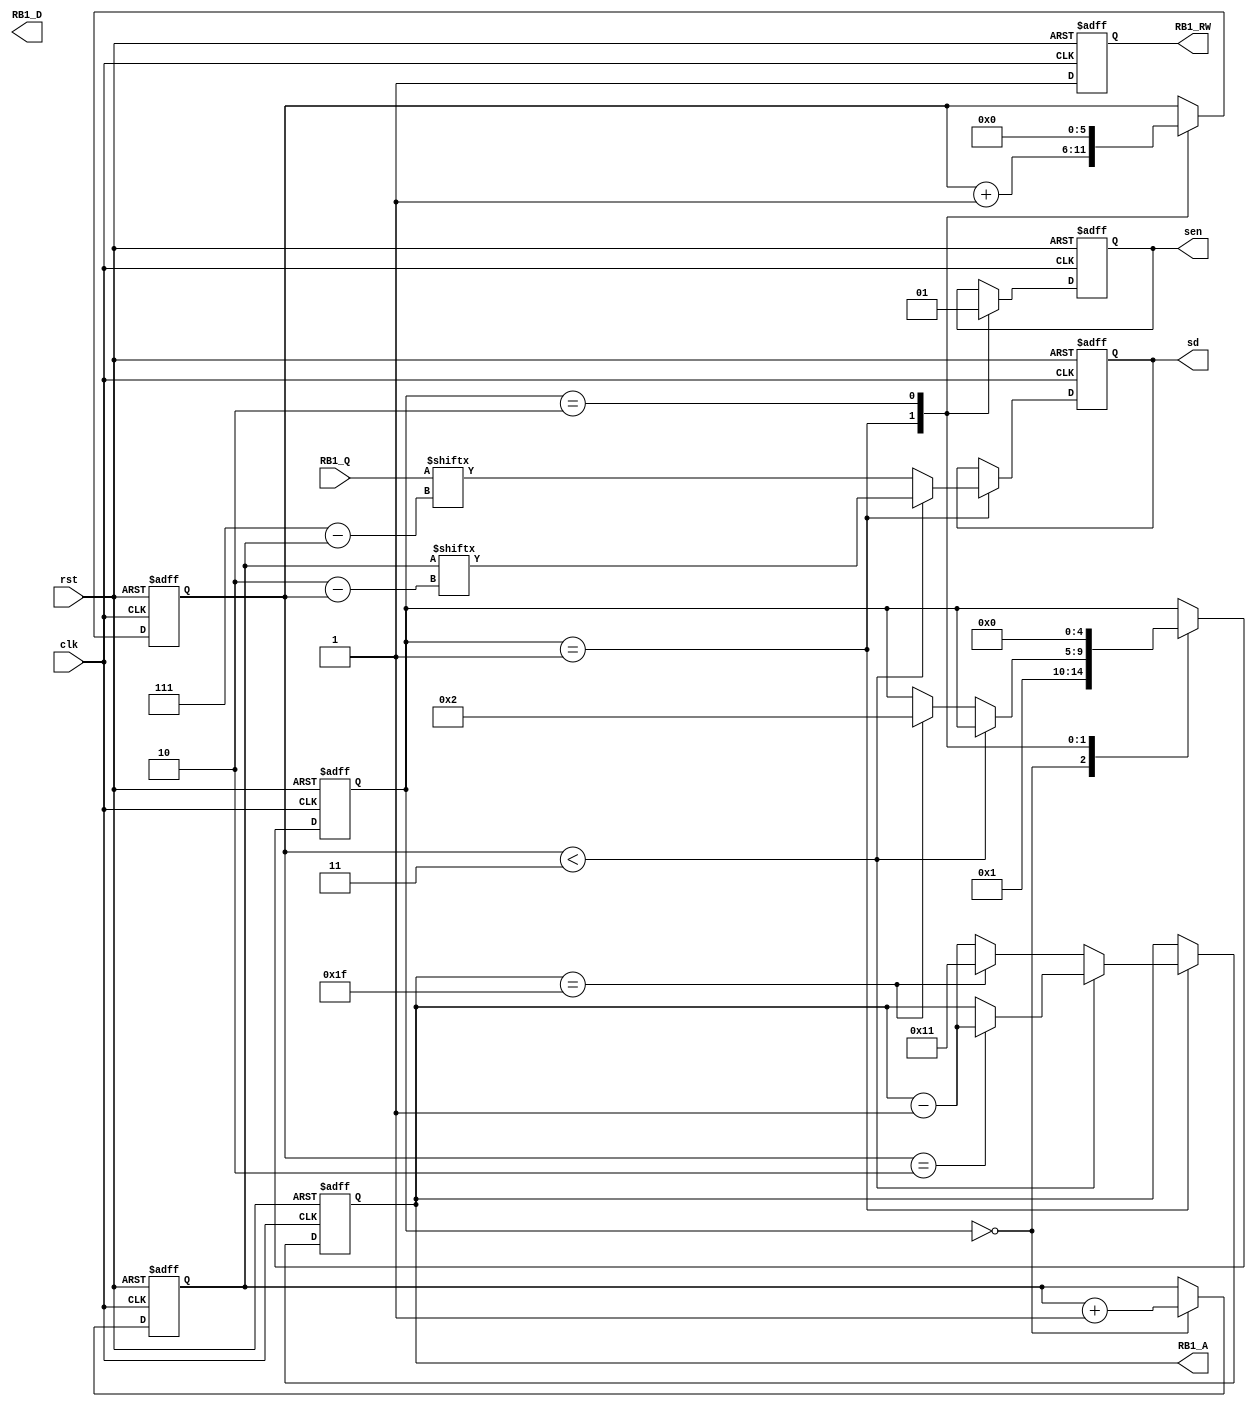
module S1(clk,
	  rst,
	  RB1_RW,
	  RB1_A,
	  RB1_D,
	  RB1_Q,
	  sen,
	  sd);

  input clk, rst;
  output reg RB1_RW;      // control signal for RB1: Read/Write
  output reg [4:0] RB1_A; // control signal for RB1: address
  output reg [7:0] RB1_D; // data path for RB1: input port
  input [7:0] RB1_Q;  // data path for RB1: output port
  output reg sen, sd;
/****************************************************/

reg [4:0] state;
reg [5:0] index; //index for s1_reg
reg [2:0] addr;
reg [5:0] i;

always@(posedge clk or posedge rst)
begin
	if(rst)begin
		RB1_RW<=1;
		sen<=1;
		RB1_A<=17;
		//RB1_D<=0;
		sd<=0;
		index<=0;

		addr<=7;
		state<=0;
		i<=0;
	end
	else begin
		RB1_RW<=1;
		case(state)
			0:	begin
					addr<=addr+1;
					state<=1;
				end
			1:	begin
					if(i<3)begin
						sd<=addr[2-i];
						if(i==2) RB1_A<=RB1_A-1;
						
					end
					else begin
						if(RB1_A==5'b11111)begin
							state<=2;
							RB1_A<=17;
						end
						else begin
							RB1_A<=RB1_A-1;
							
						end
						sd<=RB1_Q[7-addr];
					end
					sen<=0;
					i<=i+1;
				end
			2:	begin
					sen<=1;
					i<=0;
					state<=0;
				end
		endcase
	end
end
  

endmodule